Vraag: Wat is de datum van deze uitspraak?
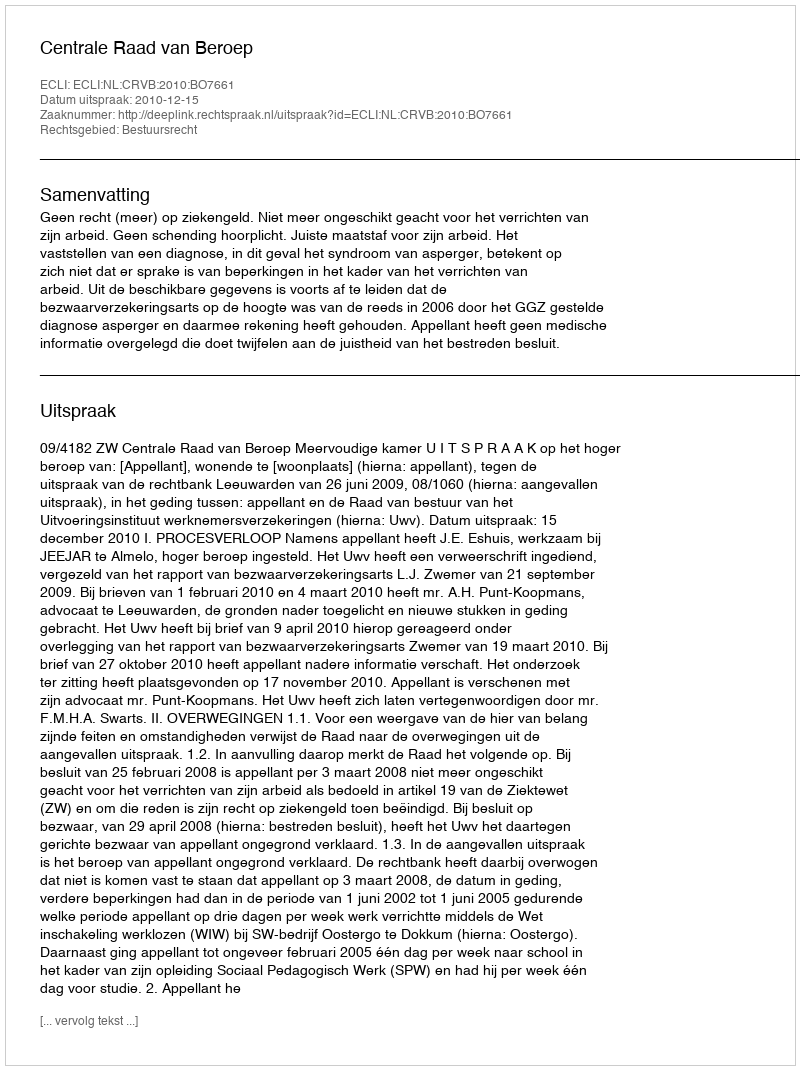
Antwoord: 2010-12-15